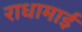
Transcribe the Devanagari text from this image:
राधामाई